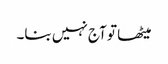
میٹھا تو آج نہیں بنا۔